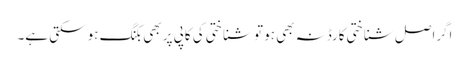
اگراصل شناختی کارڈنہ بھی ہو تو شناختی کی کاپی پر بھی بکنگ ہو سکتی ہے۔